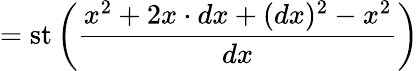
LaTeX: =\operatorname{st}\left({\frac{x^{2}+2x\cdot dx+(dx)^{2}-x^{2}}{dx}}\right)